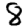
Digit: 8